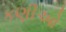
કણીઓ